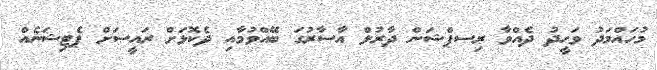
މުހައްމަދު ވަހީދު ދެއްވާ ރިސޕްޝަން ދާރުލް އާސާރުގަ ބޭއްވުމާއި ދެކޮޅަށް ރައީސަށް ޕެޓިޝަނެއް